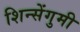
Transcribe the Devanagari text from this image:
शिन्सेंगुमी